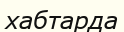
хабтарда